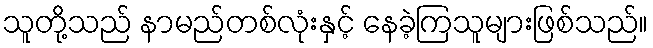
သူတို့သည် နာမည်တစ်လုံးနှင့် နေခဲ့ကြသူများဖြစ်သည်။